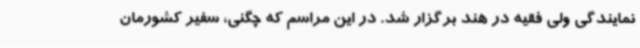
نمایندگی ولی فقیه در هند برگزار شد. در این مراسم که چگنی، سفیر کشورمان